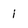
Character: i